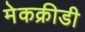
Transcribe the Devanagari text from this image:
मेकक्रीडी